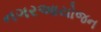
નગરઆયોજન